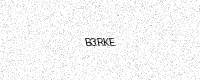
Text: B3RKE